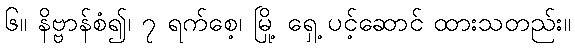
၆။ နိဗ္ဗာန်စံ၍၊ ၇ ရက်စေ့၊ မြို့ ရှေ့ ပင့်ဆောင် ထားသတည်း။